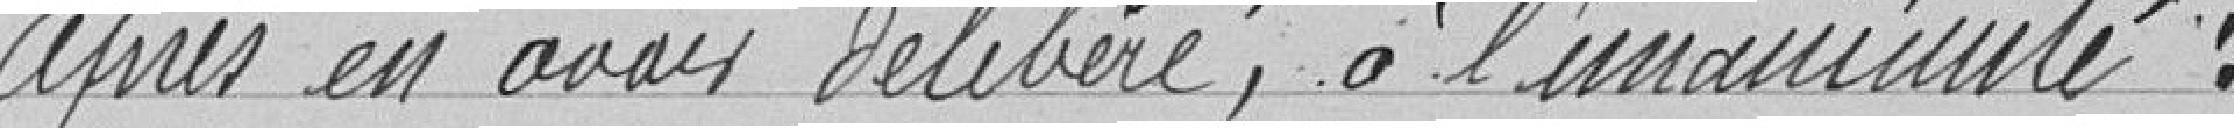
Après en avoir délibéré à l'unanimité :